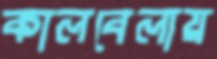
কালবেলায়